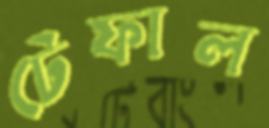
টেফাল